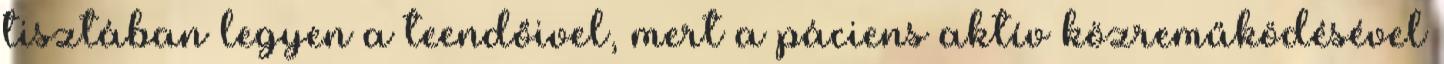
tisztában legyen a teendőivel, mert a páciens aktív közreműködésével